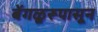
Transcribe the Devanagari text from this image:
बेंगळूरूपासून